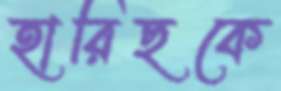
হারিছকে